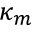
\kappa _ { m }